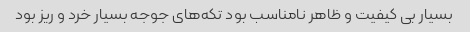
بسیار بی کیفیت و ظاهر نامناسب بود تکه‌های جوجه بسیار خرد و ریز بود